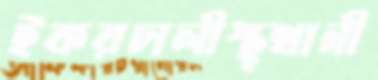
ইকরচালীস্থ্থানী